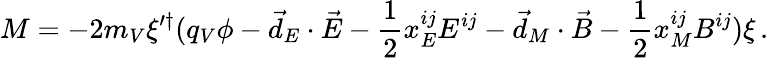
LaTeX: M=-2m_{V}\xi^{\prime\dagger}(q_{V}\phi-\vec{d}_{E}\cdot\vec{E}-\frac{1}{2}x_{E}^{ij}E^{ij}-\vec{d}_{M}\cdot\vec{B}-\frac{1}{2}x_{M}^{ij}B^{ij})\xi\, .